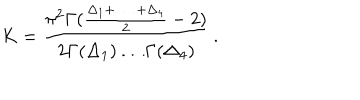
LaTeX: K = \frac { \pi ^ { 2 } \Gamma ( \frac { \Delta _ { 1 } + \, \ldots \, + \Delta _ { 4 } } { 2 } - 2 ) } { 2 \Gamma ( \Delta _ { 1 } ) \ldots \Gamma ( \Delta _ { 4 } ) } \, .